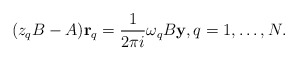
\begin{align*}(z_q B-A) {\bf r}_q = \frac{1}{2\pi i} \omega_q B {\bf y}, q=1, \ldots, N.\end{align*}